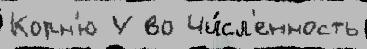
Корн'ю У во Чи́сл'енность